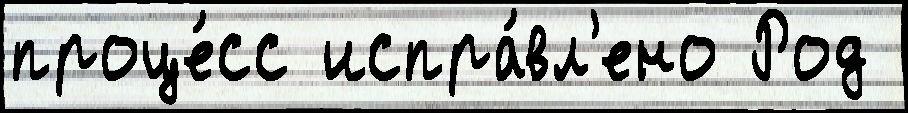
проце́сс испра́вл'ено Род